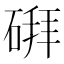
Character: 𪿪